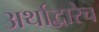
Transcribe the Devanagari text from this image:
अर्थाद्वारेच